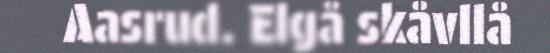
Aasrud. Elgå skåvllå